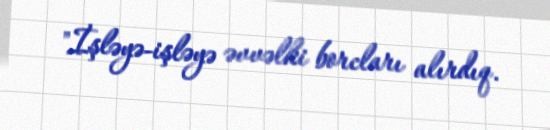
"İşləyə-işləyə əvvəlki borcları alırdıq.